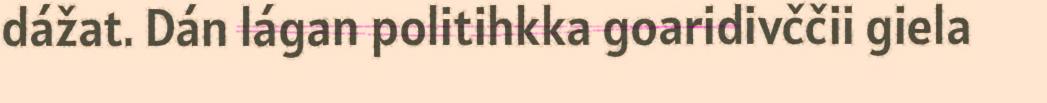
dážat. Dán lágan politihkka goaridivččii giela